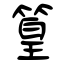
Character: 篁